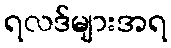
ရလဒ်များအရ